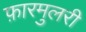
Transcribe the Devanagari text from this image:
फ़ारमुलरी